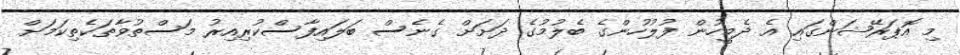
މި އޮޕަރޭޝަންގައި އެ ދެމީހުން ފުލުހުންގެ ބެލުމުގެ ދަށަށް ގެނެސް ބަލައިފާސްކުރިއިރު މަސްތުވާތަކެތިކަމަށް